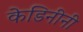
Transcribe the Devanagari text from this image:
केडिनीनी